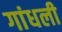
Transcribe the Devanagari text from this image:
गांधली